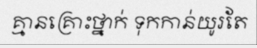
គ្មានគ្រោះថ្នាក់ ទុកកាន់យូរតែ